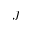
\boldsymbol { J }